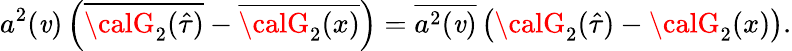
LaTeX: a^{2}(\mathit{v})\left(\overline{{{{{\calG}_{2}(\hat{{\tau}})}}}}-\overline{{{{{\calG}_{2}(x)}}}}\right)=\overline{{{{{a^{2}}(\mathit{v})}}}}\left({\calG}_{2}(\hat{{\tau}})-{\calG}_{2}(x)\right).